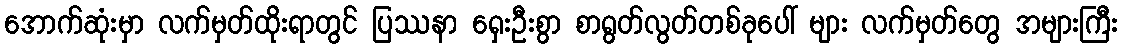
အောက်ဆုံးမှာ လက်မှတ်ထိုးရာတွင် ပြဿနာ ရှေးဦးစွာ စာရွတ်လွတ်တစ်ခုပေါ် များ လက်မှတ်တွေ အများကြီး